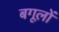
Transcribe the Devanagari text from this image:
बगूलों